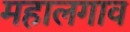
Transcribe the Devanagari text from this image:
महालगाव